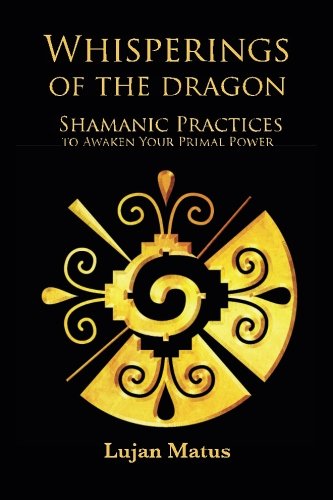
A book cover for Whisperings of the Dragon: Shamanic Practices to Awaken Your Primal Power; Lujan Matus; Religion & Spirituality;